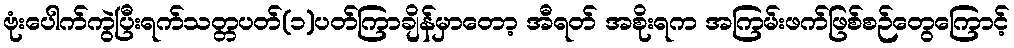
ဗုံးပေါက်ကွဲပြီးရက်သတ္တပတ်(၁)ပတ်ကြာချိန်မှာတော့ အီရတ် အစိုးရက အကြမ်းဖက်ဖြစ်စဉ်တွေကြောင့်